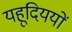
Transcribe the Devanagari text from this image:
यहूदिययों